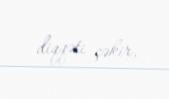
diqqəti çəkir.